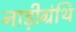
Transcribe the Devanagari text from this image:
नाड़ीग्रंथि